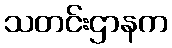
သတင်းဌာနက